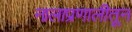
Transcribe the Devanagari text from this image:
नालाप्रणालीतून